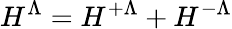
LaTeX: H^{\Lambda}=H^{+\Lambda}+H^{-\Lambda}